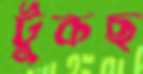
টুকছ